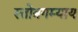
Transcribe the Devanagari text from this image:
स्तोत्रगम्याय